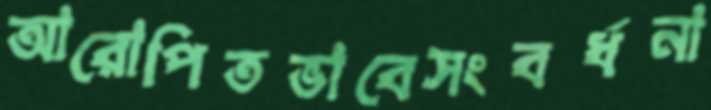
আরোপিতভাবেসংবর্ধনা